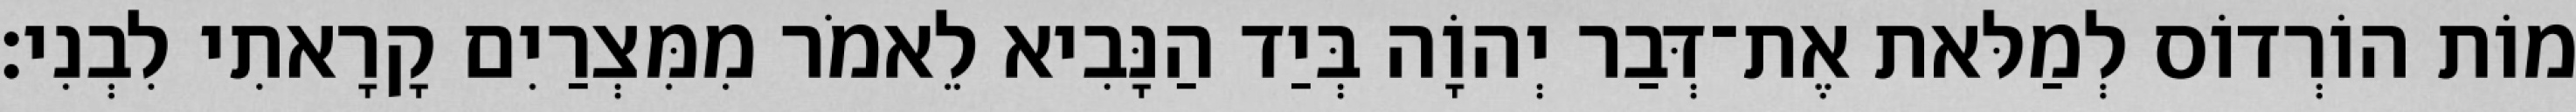
מוֹת הוֹרְדוֹס לְמַלּאת אֶת־דְּבַר יְהוָֹה בְּיַד הַנָּבִיא לֵאמֹר מִמִּצְרַיִם קָרָאתִי לִבְנִי׃